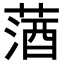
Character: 𦵩